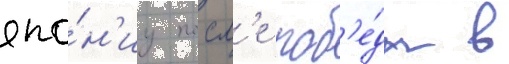
япо́н'иу посл'е поб'е́ды в